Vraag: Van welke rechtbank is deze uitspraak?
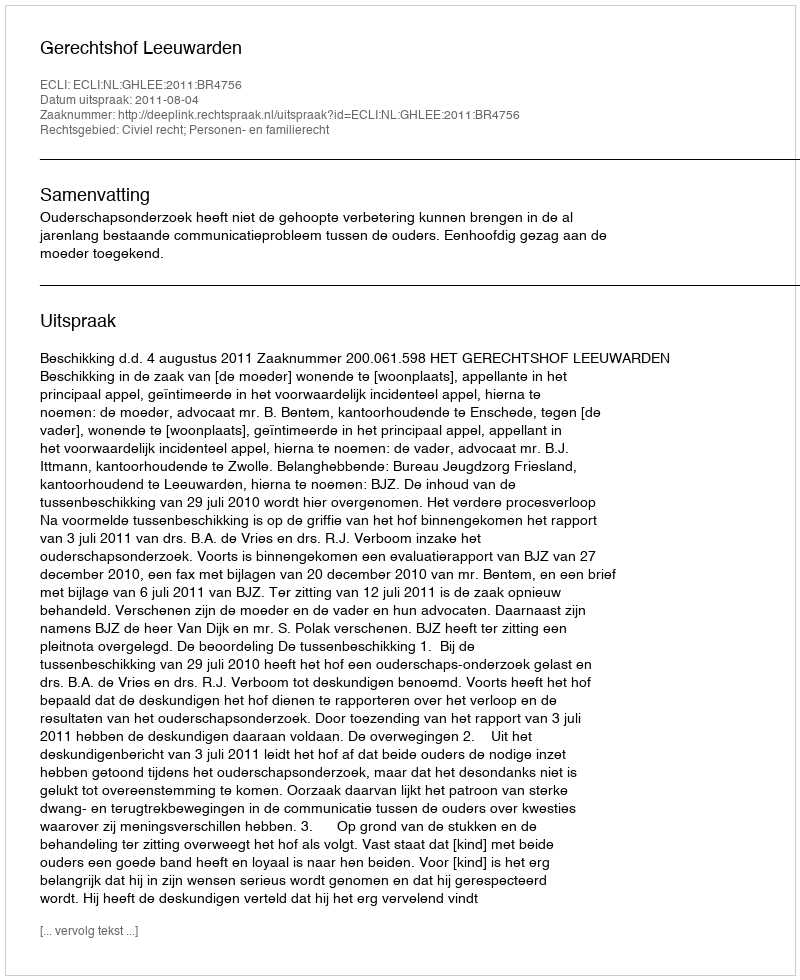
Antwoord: Gerechtshof Leeuwarden